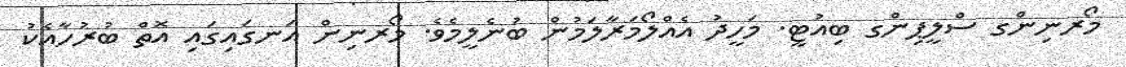
މޯރނިންގ ސްލީޕިންގ ބިއުޓީ. މަހީދު އެއްލޯމަރާލަމުން ބުނެލީމެވެ. މޯރނިން އަނގައިގައި އޮތް ބުރުހާއެކު